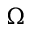
\Omega